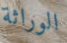
الوراثة